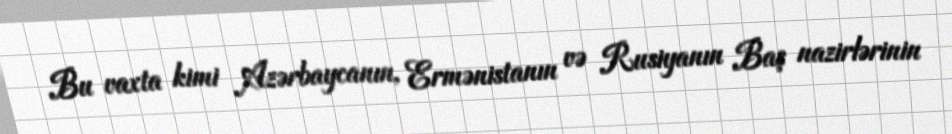
Bu vaxta kimi Azərbaycanın, Ermənistanın və Rusiyanın Baş nazirlərinin